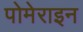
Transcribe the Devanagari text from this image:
पोमेराइन